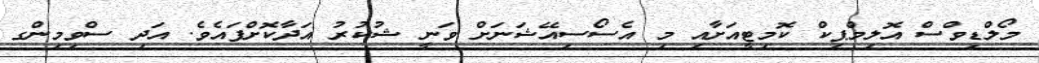
މޯލްޑިވްސް އޮލިމްޕިކް ކޮމިޓީއަށާއި މި އެސޯސިއޭޝަނަށް ވަނީ ޝުކުރު އަދާކޮށްފައެވެ. އަދި ސްވިމިންގ